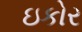
ઇકોર